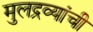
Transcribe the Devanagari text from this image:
मुलद्रव्यांची